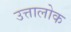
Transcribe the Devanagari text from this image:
उत्तालोक